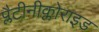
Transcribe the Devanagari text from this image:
प्लैटीनीक्लोराइड